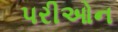
પરીઓન